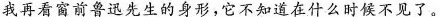
我再看窗前鲁迅先生的身形，它不知道在什么时候不见了。